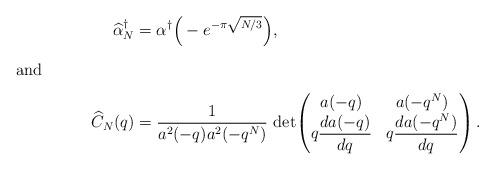
LaTeX: \begin{align*}\widehat{\alpha}^\dagger_N&=\alpha^\dagger\Big(-e^{-\pi\sqrt{N/3}}\Big),\intertext{and}\widehat{C}_N(q) &= \frac{1}{a^2(-q)a^2(-q^N)}\,\operatorname{det}\!\left(\begin{matrix} a(-q) & a(-q^N) \\q\dfrac{da(-q)}{dq} & q\dfrac{da(-q^N)}{dq}\end{matrix}\right).\end{align*}